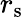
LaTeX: r_{\mathrm{s}}